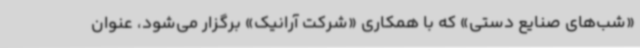
«شب‌های صنایع دستی» که با همکاری «شرکت آرانیک» برگزار می‌شود، عنوان